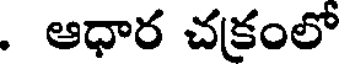
. ఆధార చక్రంలో